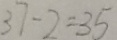
3 7 - 2 = 3 5